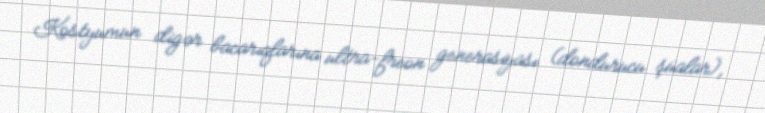
Kostyumun digər bacarıqlarına ultra-freon generasiyası (dondurucu şüalar),